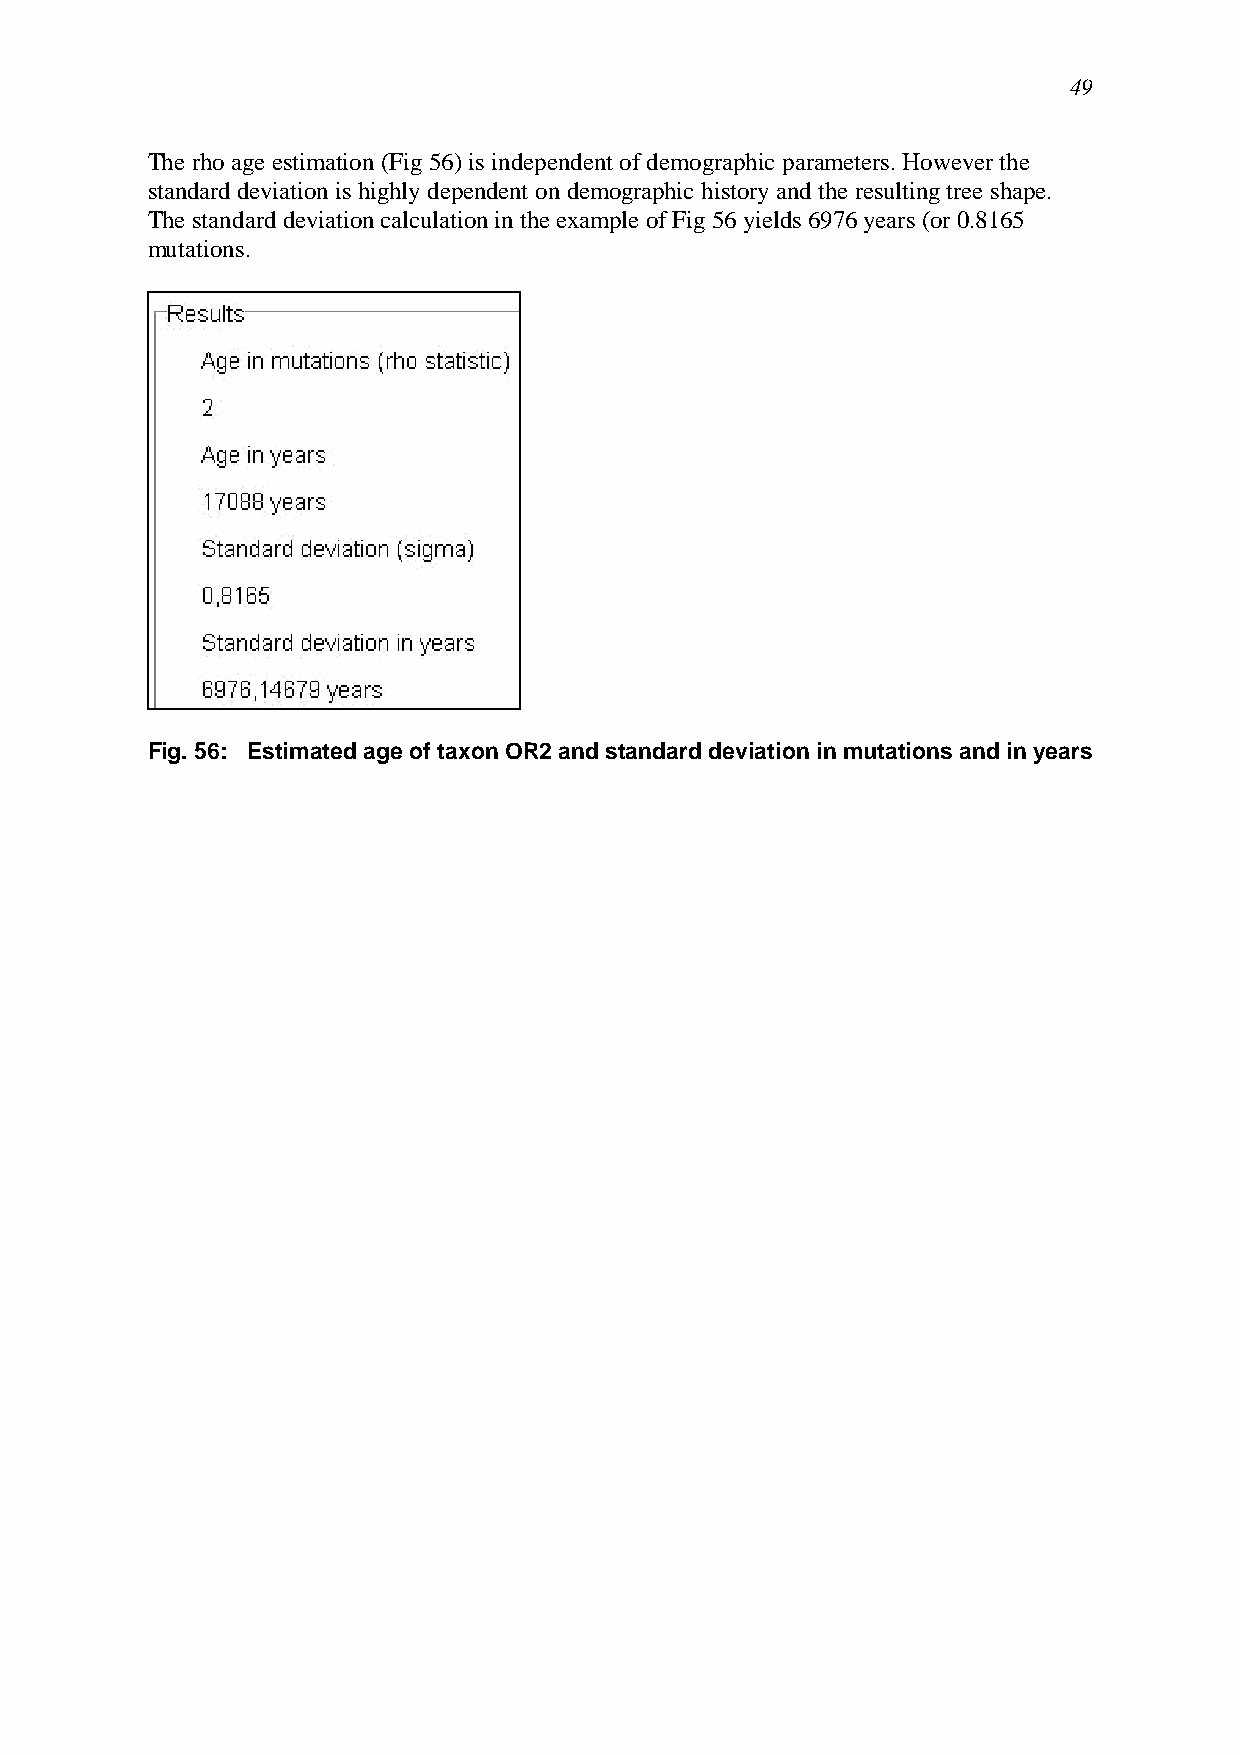
49
 The rho age estimation (Fig 56) is independent of demographic parameters. However the
 standard deviation is highly dependent on demographic history and the resulting tree shape.
 The standard deviation calculation in the example of Fig 56 yields 6976 years (or 0.8165
 mutations.
 Fig. 56: Estimated age of taxon OR2 and standard deviation in mutations and in years